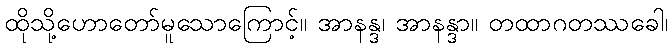
ထိုသို့ဟောတော်မူသောကြောင့်။ အာနန္ဒ၊ အာနန္ဒာ။ တထာဂတဿခေါ၊